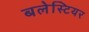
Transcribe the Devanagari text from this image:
बलेस्टियर